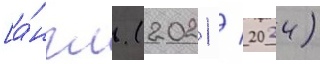
[а́нгл. (2021 / 2024)